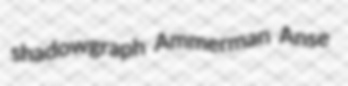
shadowgraph Ammerman Anse